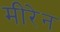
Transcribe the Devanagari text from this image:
मीरेन